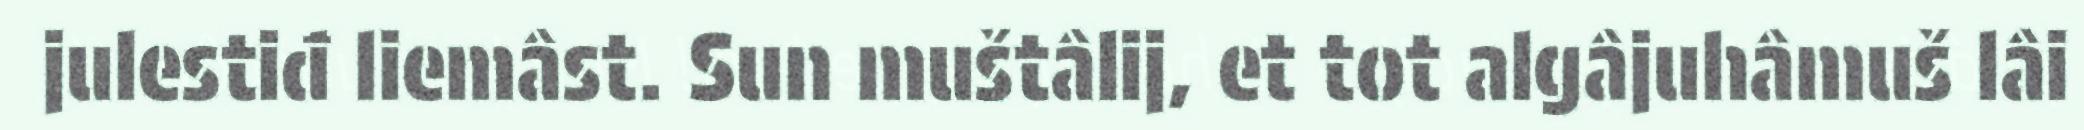
julestiđ liemâst. Sun muštâlij, et tot algâjuhâmuš lâi